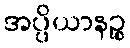
အပ္ပိယာနဉ္စ